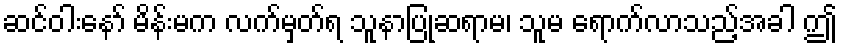
ဆင်ဝါးနော် မိန်းမက လက်မှတ်ရ သူနာပြုဆရာမ၊ သူမ ရောက်လာသည့်အခါ ဤ